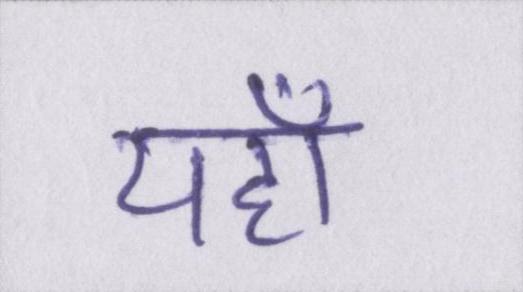
यहाँ